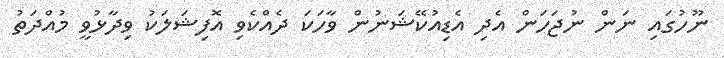
ނޫހުގައި ނަން ނުޖަހަން އެދި އެޑިއުކޭޝަނުން ވާހަކަ ދެއްކެވި އޮފިޝަލަކު ވިދާޅުވީ މުއްދަތު